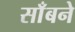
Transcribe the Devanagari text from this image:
साँबने